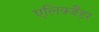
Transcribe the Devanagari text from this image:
एलिक्जैंडर